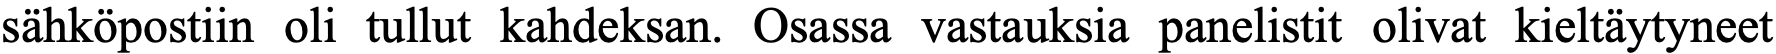
sähköpostiin oli tullut kahdeksan. Osassa vastauksia panelistit olivat kieltäytyneet